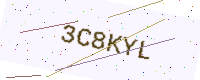
Text: 3C8KYL